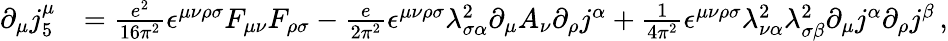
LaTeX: \begin{array}{rl}{\partial_{\mu}j_{5}^{\mu}}&{=\frac{e^{2}}{16\pi^{2}}\epsilon^{\mu\nu\rho\sigma}F_{\mu\nu}F_{\rho\sigma}-\frac{e}{2\pi^{2}}\epsilon^{\mu\nu\rho\sigma}\lambda_{\sigma\alpha}^{2}\partial_{\mu}A_{\nu}\partial_{\rho}j^{\alpha}+\frac{1}{4\pi^{2}}\epsilon^{\mu\nu\rho\sigma}\lambda_{\nu\alpha}^{2}\lambda_{\sigma\beta}^{2}\partial_{\mu}j^{\alpha}\partial_{\rho}j^{\beta}\, ,}\end{array}